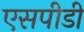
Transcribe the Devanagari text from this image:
एसपीडी